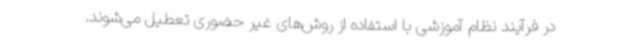
در فرآیند نظام آموزشی با استفاده از روش‌های غیر حضوری تعطیل می‌شوند.